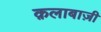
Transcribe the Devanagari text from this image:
क़लाबाज़ी